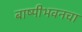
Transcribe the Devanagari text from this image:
बाष्पीभवनचा